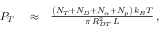
\begin{array} { r l r } { P _ { T } } & { { } \approx } & { \frac { \left( N _ { T } + N _ { D } + N _ { \alpha } + N _ { p } \right) \, k _ { B } T } { \pi \, R _ { D T } ^ { 2 } \, L } \, , } \end{array}